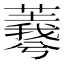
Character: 𦏡